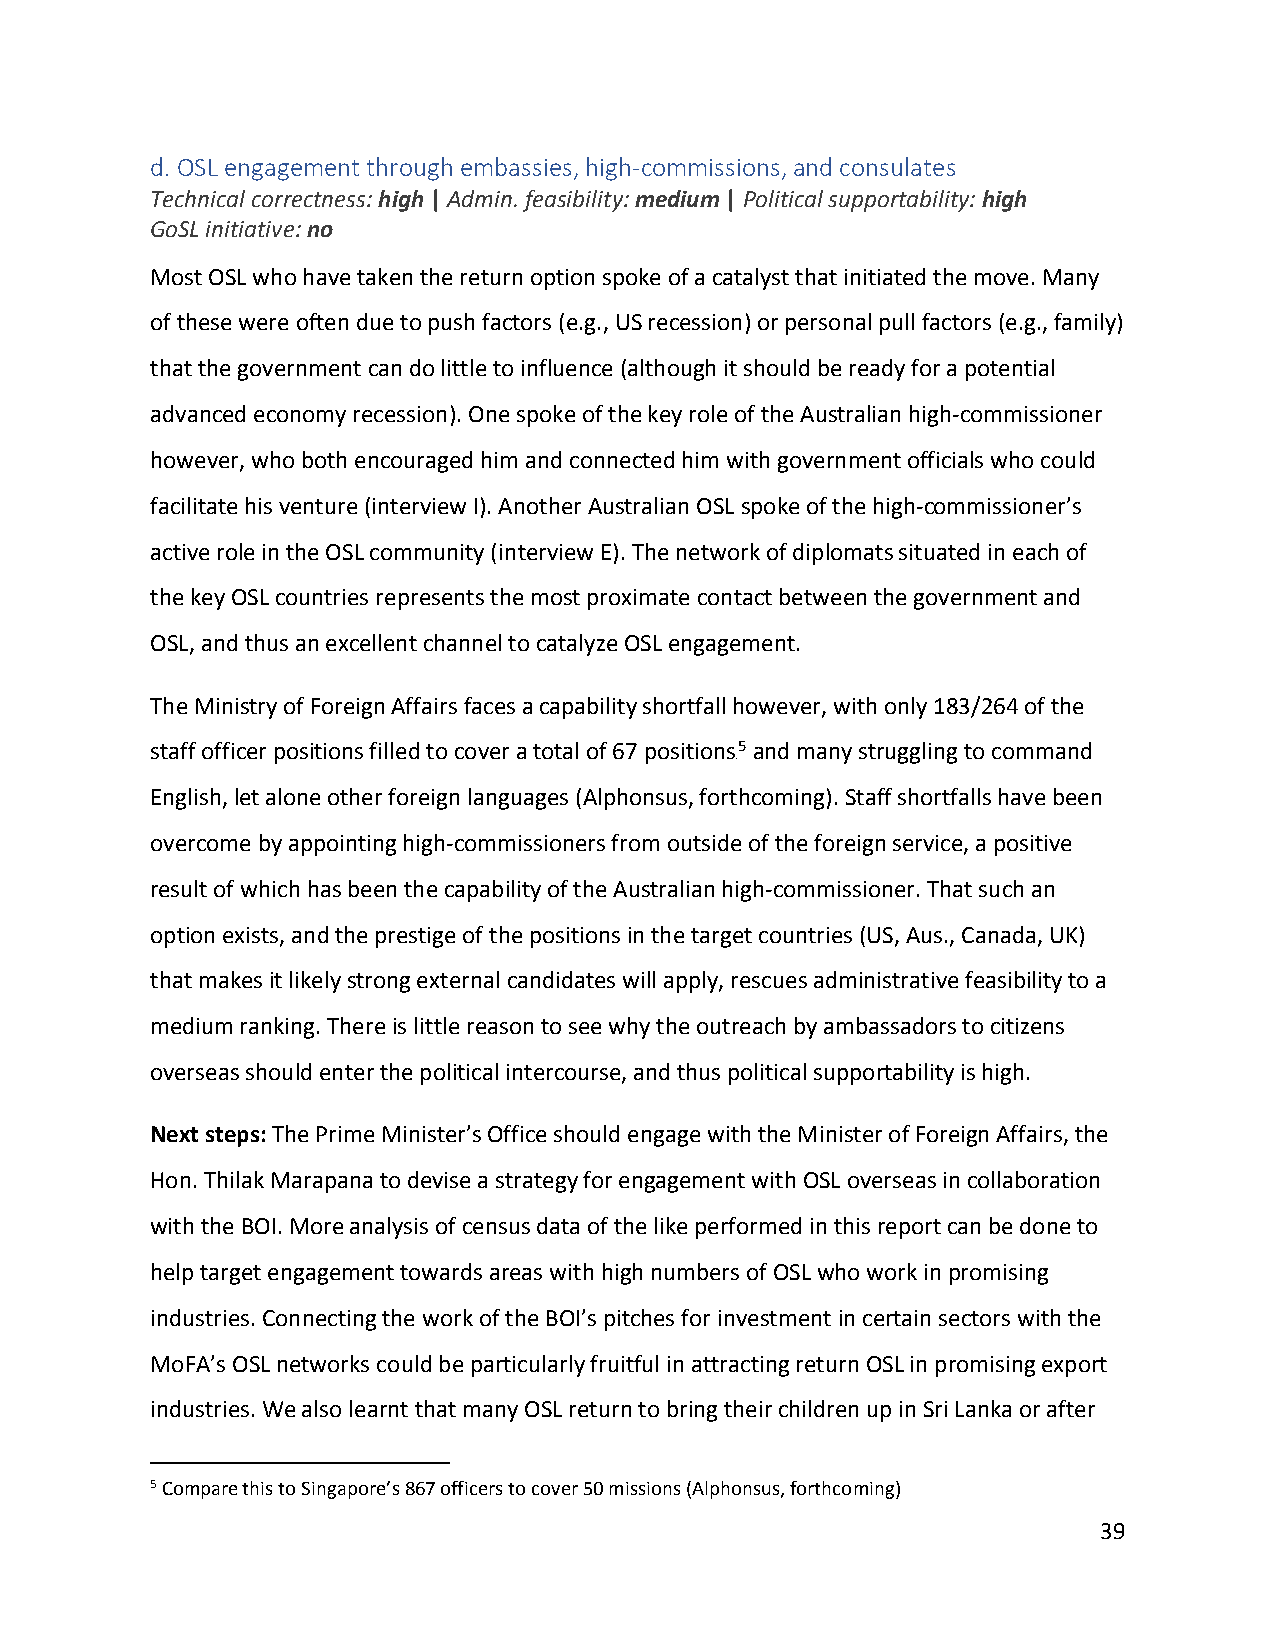
d. OSL engagement through embassies, high-commissions, and consulates
 Technical correctness: high | Admin. feasibility: medium | Political supportability: high
 GoSL initiative: no
 Most OSL who have taken the return option spoke of a catalyst that initiated the move. Many
 of these were often due to push factors (e.g., US recession) or personal pull factors (e.g., family)
 that the government can do little to influence (although it should be ready for a potential
 advanced economy recession). One spoke of the key role of the Australian high-commissioner
 however, who both encouraged him and connected him with government officials who could
 facilitate his venture (interview I). Another Australian OSL spoke of the high-commissioner’s
 active role in the OSL community (interview E). The network of diplomats situated in each of
 the key OSL countries represents the most proximate contact between the government and
 OSL, and thus an excellent channel to catalyze OSL engagement.
 The Ministry of Foreign Affairs faces a capability shortfall however, with only 183/264 of the
 staff officer positions filled to cover a total of 67 positions5 and many struggling to command
 4F
 English, let alone other foreign languages (Alphonsus, forthcoming). Staff shortfalls have been
 overcome by appointing high-commissioners from outside of the foreign service, a positive
 result of which has been the capability of the Australian high-commissioner. That such an
 option exists, and the prestige of the positions in the target countries (US, Aus., Canada, UK)
 that makes it likely strong external candidates will apply, rescues administrative feasibility to a
 medium ranking. There is little reason to see why the outreach by ambassadors to citizens
 overseas should enter the political intercourse, and thus political supportability is high.
 Next steps: The Prime Minister’s Office should engage with the Minister of Foreign Affairs, the
 Hon. Thilak Marapana to devise a strategy for engagement with OSL overseas in collaboration
 with the BOI. More analysis of census data of the like performed in this report can be done to
 help target engagement towards areas with high numbers of OSL who work in promising
 industries. Connecting the work of the BOI’s pitches for investment in certain sectors with the
 MoFA’s OSL networks could be particularly fruitful in attracting return OSL in promising export
 industries. We also learnt that many OSL return to bring their children up in Sri Lanka or after
 5 Compare this to Singapore’s 867 officers to cover 50 missions (Alphonsus, forthcoming)
 39